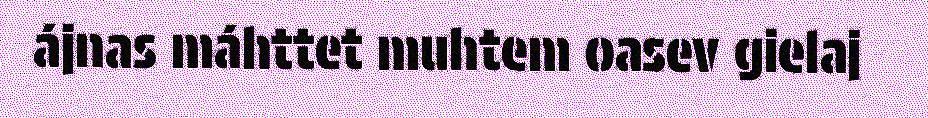
ájnas máhttet muhtem oasev gielaj